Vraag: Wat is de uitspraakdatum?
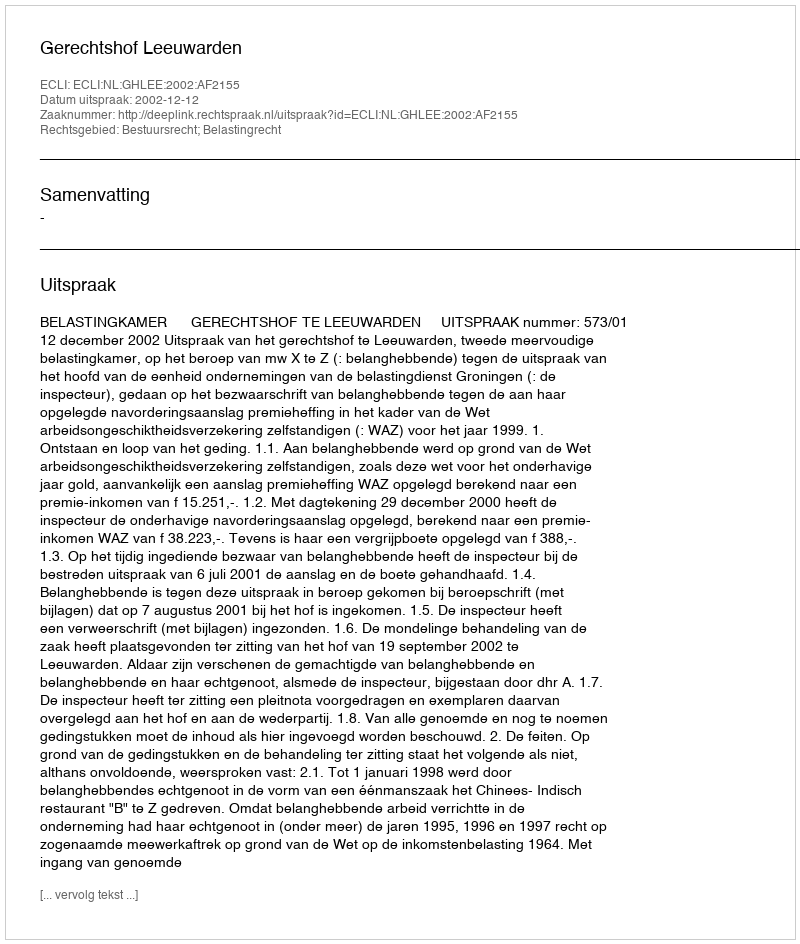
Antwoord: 2002-12-12